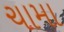
ચામા